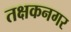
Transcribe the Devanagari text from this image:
तक्षकनगर